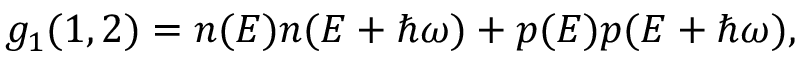
\begin{array} { r } { g _ { 1 } ( 1 , 2 ) = n ( E ) n ( E + \hbar \omega ) + p ( E ) p ( E + \hbar \omega ) , } \end{array}